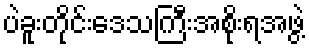
ပဲခူးတိုင်းဒေသကြီးအစိုးရအဖွဲ့